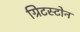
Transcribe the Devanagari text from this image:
ग्रिटस्टोन